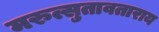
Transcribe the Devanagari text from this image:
मरुत्सुतावताराय